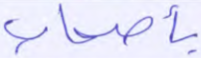
بأصحاب